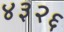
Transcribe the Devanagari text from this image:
४३२६